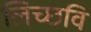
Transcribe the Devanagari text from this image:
लिच्‍छवि